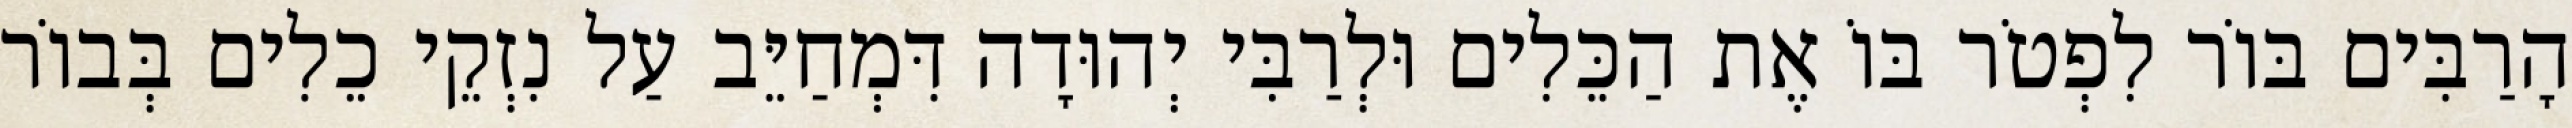
הָרַבִּים בּוֹר לִפְטֹר בּוֹ אֶת הַכֵּלִים וּלְרַבִּי יְהוּדָה דִּמְחַיֵּב עַל נִזְקֵי כֵלִים בְּבוֹר